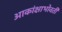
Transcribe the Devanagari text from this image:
आकांक्षाभोवती